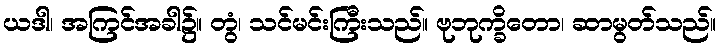
ယဒါ၊ အကြင်အခါ၌။ တွံ၊ သင်မင်းကြီးသည်။ ဗုဘုက္ခိတော၊ ဆာမွတ်သည်။